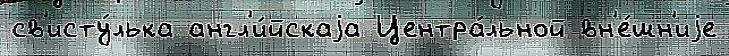
св'исту́лька англ'и́йскаjа Центра́льной вн'е́шн'иjе